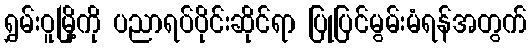
ရွှမ်းဝူမြို့ကို ပညာရပ်ပိုင်းဆိုင်ရာ ပြုပြင်မွမ်းမံရန်အတွက်